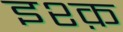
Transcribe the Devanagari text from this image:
इश्‍क़